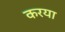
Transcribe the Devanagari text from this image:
करया